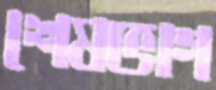
শেষভাগ